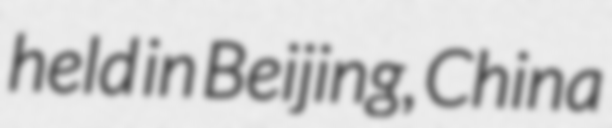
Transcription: held in Beijing, China